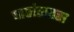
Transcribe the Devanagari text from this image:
पाठांतरास